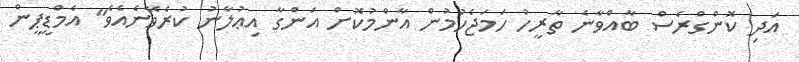
އަދި ކޮންގްރެސް ބާއްވާނެ ތާރީހު ހަމަޖެހުމުން އާންމުކޮށް އަންގާ އިޢުލާނު ކުރެވޭނެއެވެ" އެމްޑީޕީން